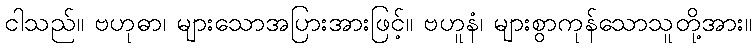
ငါသည်။ ဗဟုဓာ၊ များသောအပြားအားဖြင့်။ ဗဟူနံ၊ များစွာကုန်သောသူတို့အား။